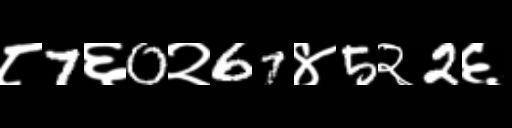
Text: ८7६0२67४5२2६